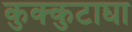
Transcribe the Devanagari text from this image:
कुक्कुटाद्या